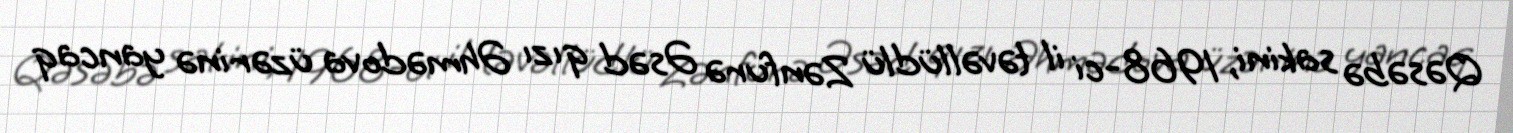
Qəsəbə sakini, 1968-ci il təvəllüdlü Zənfurə Əsəd qızı Əhmədova üzərinə yancaq